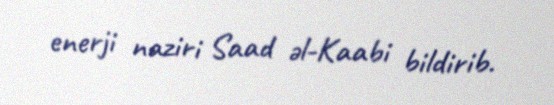
enerji naziri Saad əl-Kaabi bildirib.